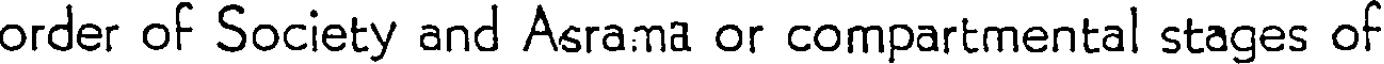
order of Society and Asrama or compartmental stages of